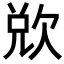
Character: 𭭌